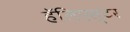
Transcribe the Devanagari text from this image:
हॅलिएस्टर